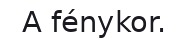
A fénykor.